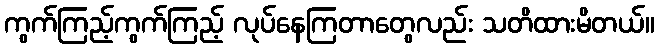
ကွက်ကြည့်ကွက်ကြည့် လုပ်နေကြတာတွေလည်း သတိထားမိတယ်။